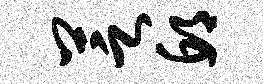
芝邱